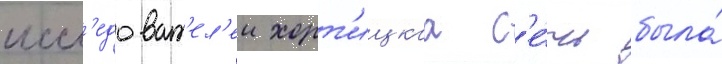
иссл'едоват'ел'еи хорт'ицкаа с'е́чь была́